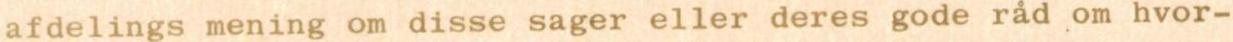
afdelings mening om disse sager eller deres gode råd om hvor-